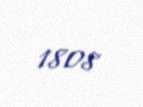
1808